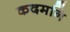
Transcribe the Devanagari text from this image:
कदमनि